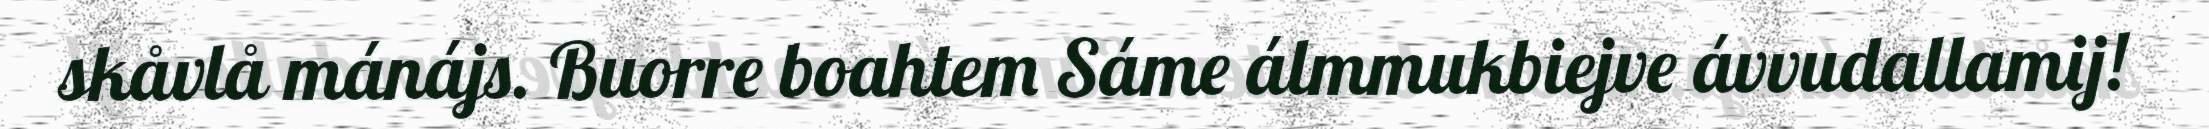
skåvlå mánájs. Buorre boahtem Sáme álmmukbiejve ávvudallamij!